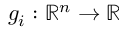
g _ { i } : \mathbb { R } ^ { n } \to \mathbb { R }